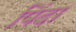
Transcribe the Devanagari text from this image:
पिंदा